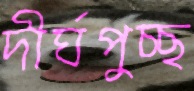
দীর্ঘপুচ্ছ